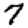
Digit: 7